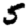
Digit: 5